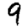
Digit: 9